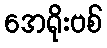
အေရိုးဗစ်